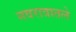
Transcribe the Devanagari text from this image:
नवरात्रातले